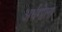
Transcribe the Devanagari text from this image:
अर्धगोला